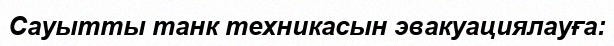
Сауытты танк техникасын эвакуациялауғa: